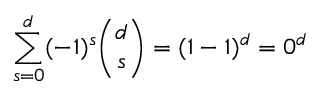
\sum _ { s = 0 } ^ { d } ( - 1 ) ^ { s } { \binom { d } { s } } = ( 1 - 1 ) ^ { d } = 0 ^ { d }